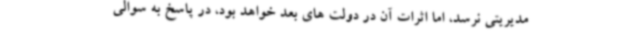
مدیریتی نرسد، اما اثرات آن در دولت های بعد خواهد بود، در پاسخ به سوالی